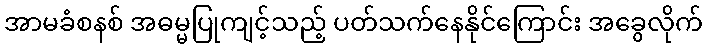
အာမခံစနစ် အဓမ္မပြုကျင့်သည့် ပတ်သက်နေနိုင်ကြောင်း အခွေလိုက်